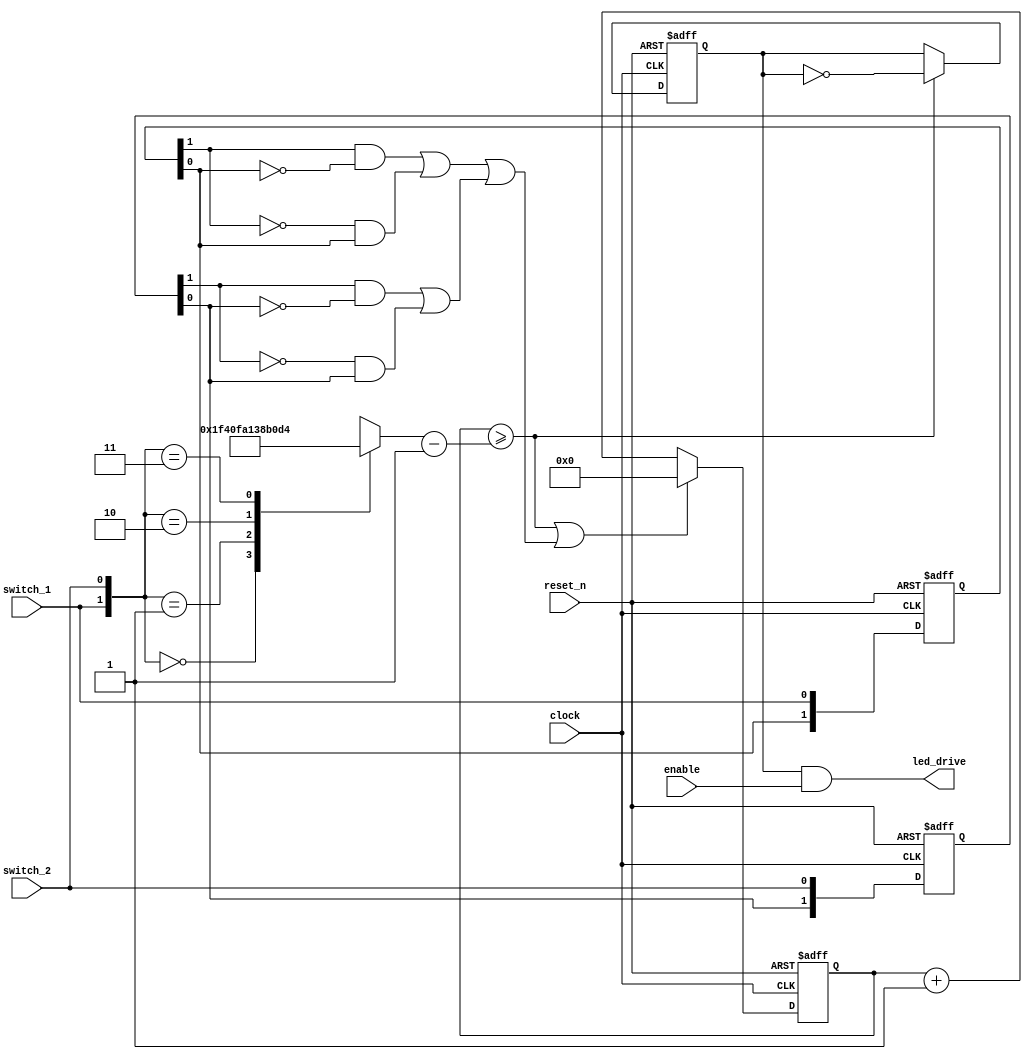
module LED_blinker_my(
    // input
    clock,
    reset_n,
    enable,
    switch_1,
    switch_2,
    // output
    led_drive
);

localparam CNT_100HZ    = 125;
localparam CNT_50HZ     = 250;
localparam CNT_10HZ     = 1250;
localparam CNT_1HZ      = 12500;

input clock;
input reset_n;
input enable;
input switch_1;
input switch_2;
output led_drive;

wire edgeDetect;
wire switching0;
wire switching1;
wire change;
reg  ledDrive;
reg  [1:0] detect[0:1];
reg  [13:0] count_done;
reg  [13:0] cnt;

always @(*) begin
    case({switch_1,switch_2})
        0: count_done = CNT_100HZ;
        1: count_done = CNT_50HZ;
        2: count_done = CNT_10HZ;
        3: count_done = CNT_1HZ;
        default: count_done = 14'd0;
    endcase
end

always @(posedge clock or negedge reset_n) begin
    if(!reset_n) begin
        cnt <= 14'd0;
    end else begin
        cnt <= (change || edgeDetect) ? 14'd0 : cnt + 14'd1;
    end
end

assign change = (cnt >= count_done - 14'd1);
assign led_drive = ledDrive & enable;

always @(posedge clock or negedge reset_n) begin
    if(!reset_n) begin
        ledDrive <= 1'b0;
    end else if(change) begin
        ledDrive <= ~ledDrive;
    end
end

//                              negedge                             posedge
assign switching0 = ((detect[0][1] & ~detect[0][0]) || (~detect[0][1] & detect[0][0]));
assign switching1 = ((detect[1][1] & ~detect[1][0]) || (~detect[1][1] & detect[1][0]));
assign edgeDetect = switching0 | switching1;

//edge detect
//reg  [1:0] detect[0:1];
always @(posedge clock or negedge reset_n) begin
    if(!reset_n) begin
        detect[0] <= 2'd0;
        detect[1] <= 2'd0;
    end else begin
        detect[0] <= {detect[0][0],switch_1};
        detect[1] <= {detect[1][0],switch_2};
    end
end

endmodule